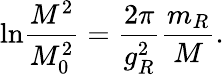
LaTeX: \mathrm{ln}\frac{M^{2}}{M_{0}^{2}}=\frac{2\pi}{g_{R}^{2}}\frac{m_{R}}{M}.